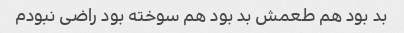
بد بود هم طعمش بد بود هم سوخته بود راضی نبودم